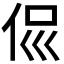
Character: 𠈉